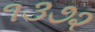
૧૩૭૨